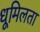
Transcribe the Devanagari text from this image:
धूमिलता